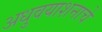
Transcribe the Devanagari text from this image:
अधुवयाशनाचे